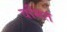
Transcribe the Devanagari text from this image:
वमित